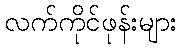
လက်ကိုင်ဖုန်းများ